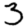
Digit: 3